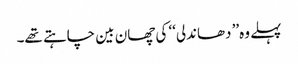
پہلے وہ’’ دھاندلی‘‘ کی چھان بین چاہتے تھے۔